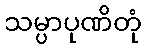
သမ္ပာပုဏိတုံ